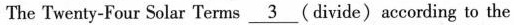
The Twenty-Four Solar Terms \underline{3} (divide)according to the